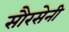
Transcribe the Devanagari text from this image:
सौरसेनी